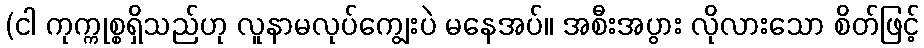
(ငါ ကုက္ကုစ္စရှိသည်ဟု လူနာမလုပ်ကျွေးပဲ မနေအပ်။ အစီးအပွား လိုလားသော စိတ်ဖြင့်